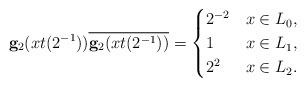
LaTeX: \begin{align*} \mathbf g_2(xt(2^{-1})) \overline{\mathbf g_2(xt(2^{-1}))} = \begin{cases} 2^{-2} & x \in L_0, \\ 1 & x \in L_1, \\ 2^{2} & x \in L_2. \end{cases}\end{align*}